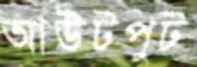
আউটপুট